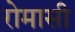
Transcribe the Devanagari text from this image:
रोमासी